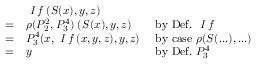
{ \begin{array} { l l l } & { { \textit { I f } } ( S ( x ) , y , z ) } \\ { = } & { \rho ( P _ { 2 } ^ { 2 } , P _ { 3 } ^ { 4 } ) \; ( S ( x ) , y , z ) } & { { \mathrm { ~ b y ~ D e f . ~ } } { \textit { I f } } } \\ { = } & { P _ { 3 } ^ { 4 } ( x , { \textit { I f } } ( x , y , z ) , y , z ) } & { { \mathrm { ~ b y ~ c a s e ~ } } \rho ( S ( . . . ) , . . . ) } \\ { = } & { y } & { { \mathrm { ~ b y ~ D e f . ~ } } P _ { 3 } ^ { 4 } } \end{array} }